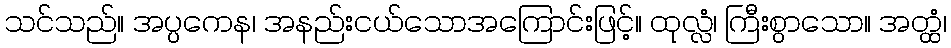
သင်သည်။ အပ္ပကေန၊ အနည်းငယ်သောအကြောင်းဖြင့်။ ထုလ္လံ၊ ကြီးစွာသော။ အတ္ထံ၊